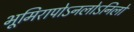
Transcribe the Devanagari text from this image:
भूमिरापोऽनलोऽनिलो